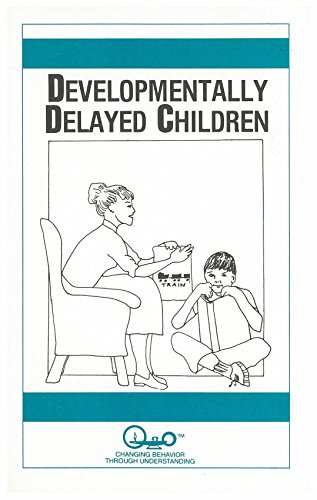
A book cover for Developmentally Delayed Children (Child Psychology Book 7); Waln K. Brown; Health, Fitness & Dieting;